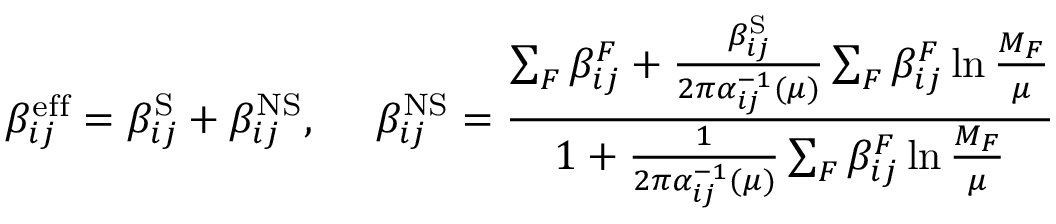
\beta _ { i j } ^ { \mathrm { e f f } } = \beta _ { i j } ^ { \mathrm { S } } + \beta _ { i j } ^ { \mathrm { N S } } , ~ ~ ~ ~ \beta _ { i j } ^ { \mathrm { N S } } = \frac { \sum _ { F } \beta _ { i j } ^ { F } + \frac { \beta _ { i j } ^ { \mathrm { S } } } { 2 \pi \alpha _ { i j } ^ { - 1 } ( \mu ) } \sum _ { F } \beta _ { i j } ^ { F } \ln \frac { M _ { F } } { \mu } } { 1 + \frac { 1 } { 2 \pi \alpha _ { i j } ^ { - 1 } ( \mu ) } \sum _ { F } \beta _ { i j } ^ { F } \ln \frac { M _ { F } } { \mu } }